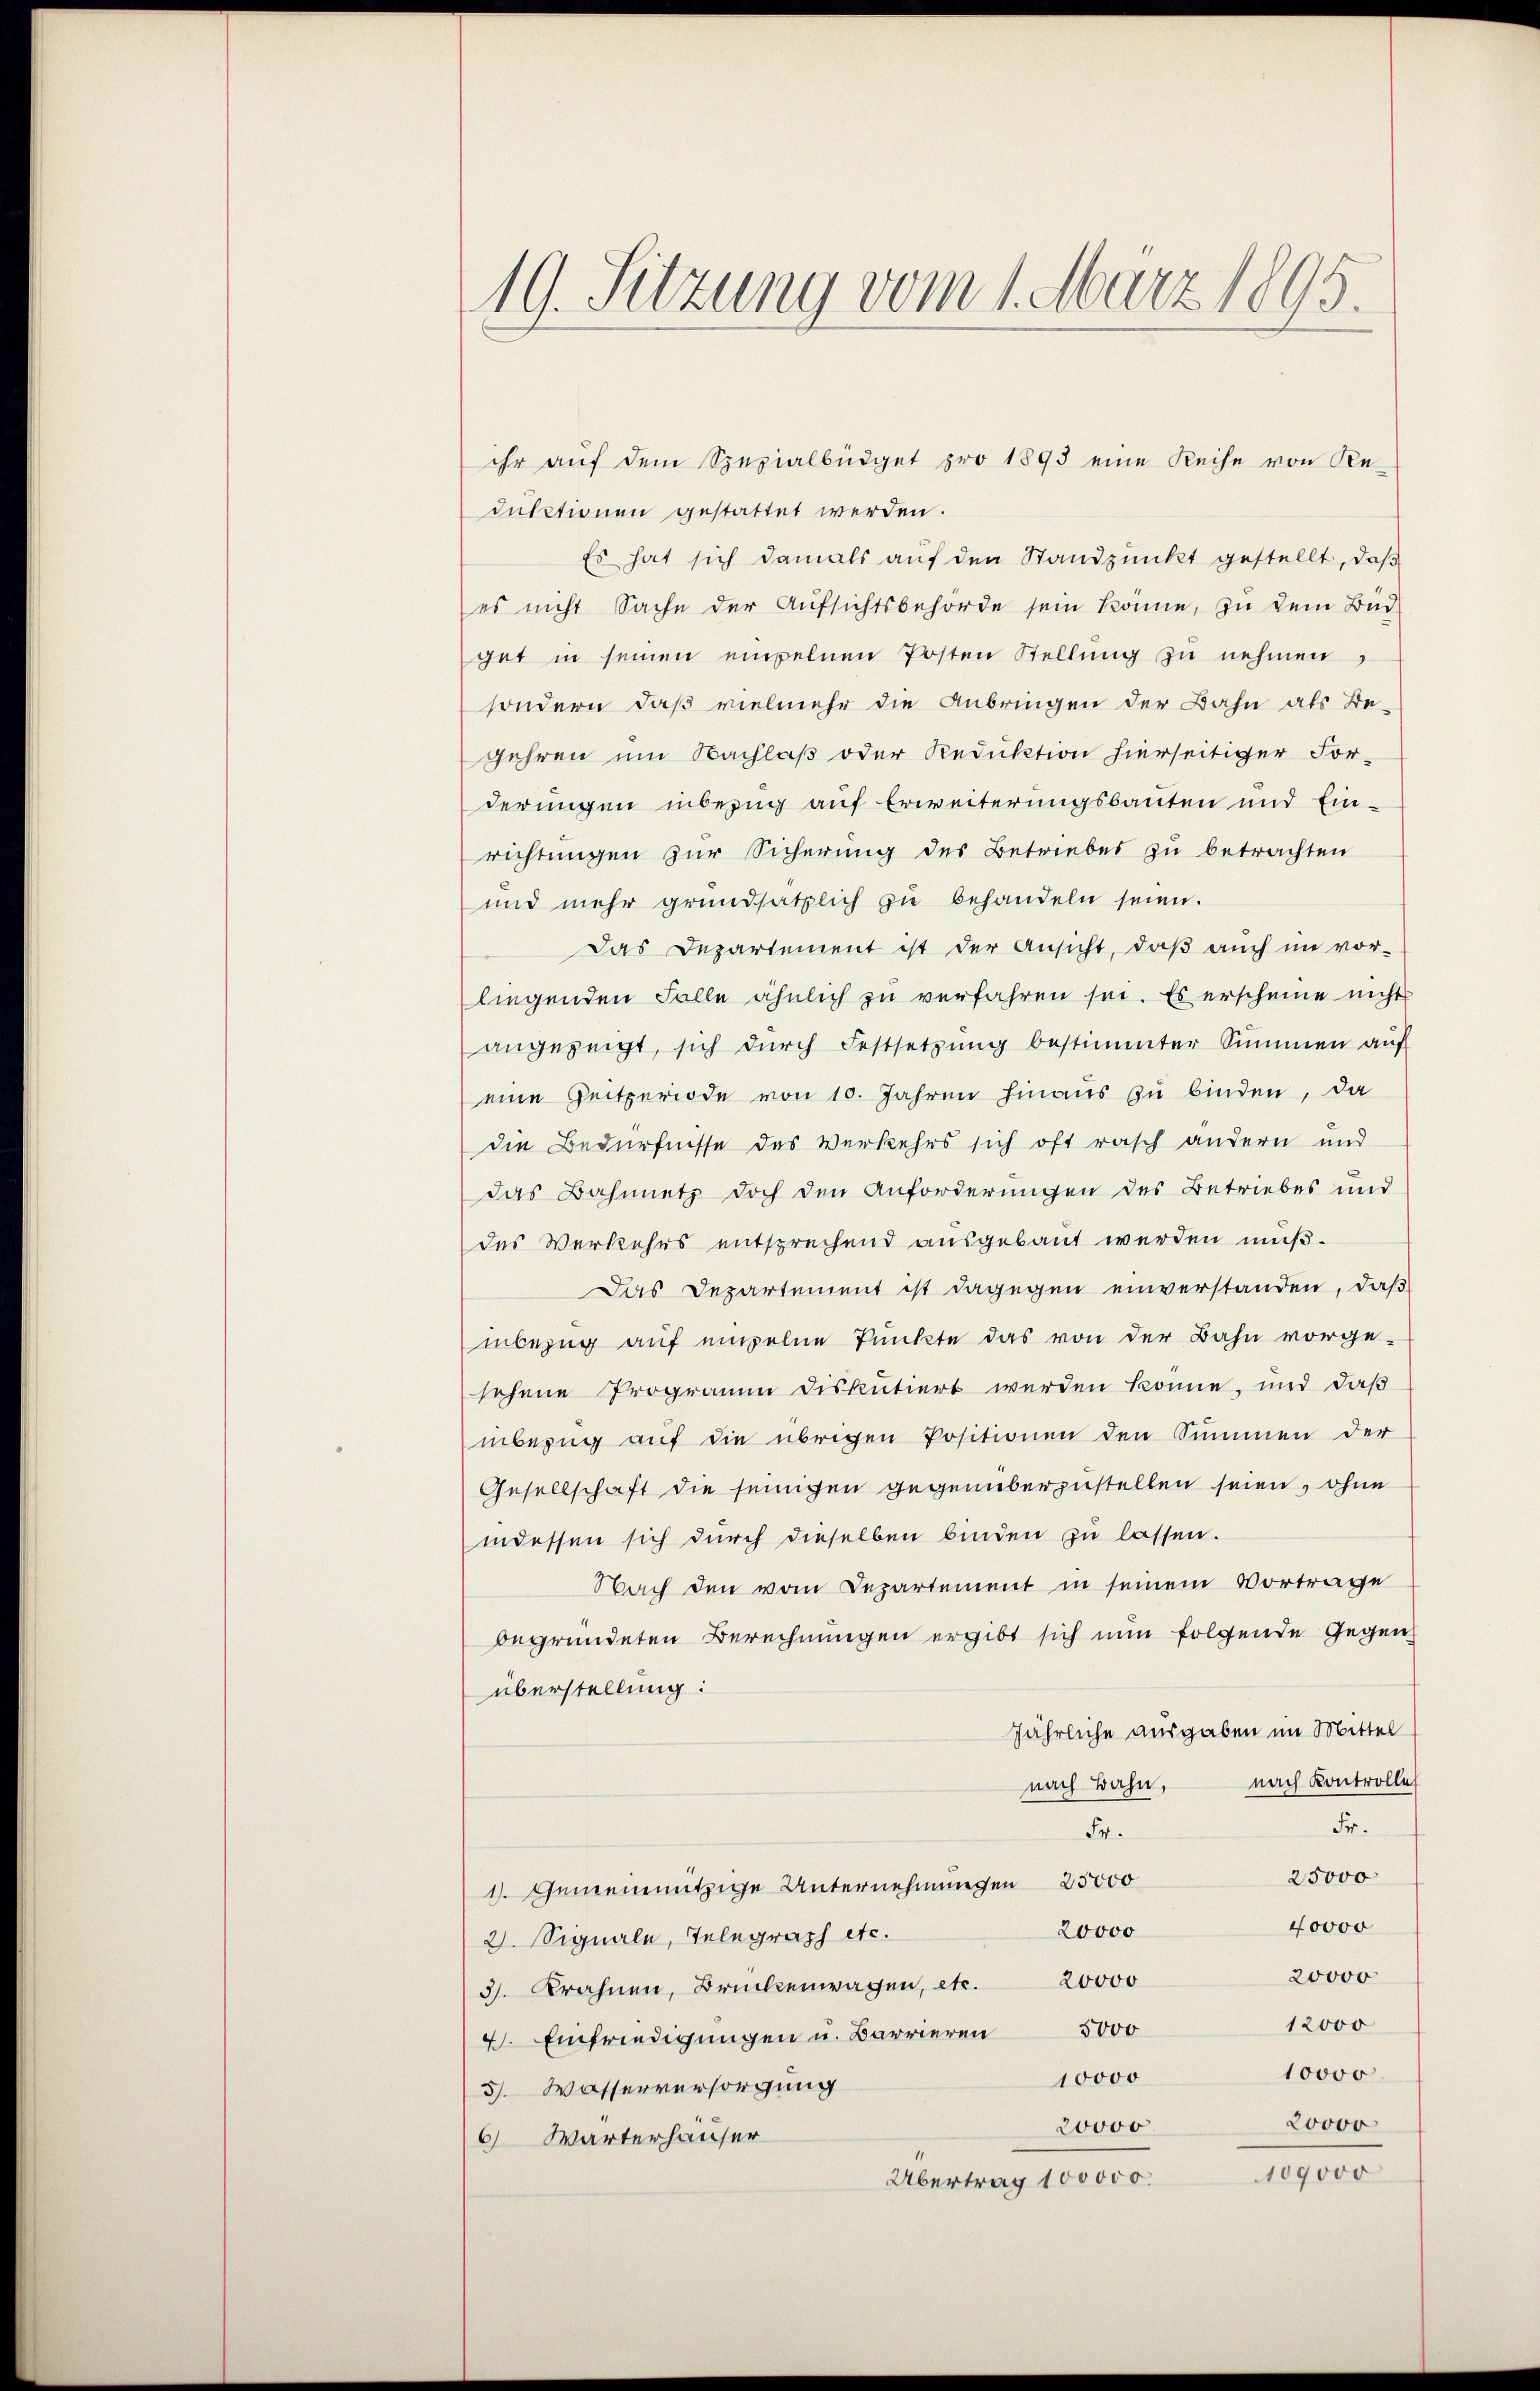
19. Sitzung vom 1. März 1895.

ihr auf dem Spezialbüdget pro 1893 eine Reihe von Re-
ductionen gestattet werden.
Es hat sich damals auf den Standpunkt gestellt, daß
es nicht Sache der Aufsichtsbehörde sein könne, zu dem Büd
get in seinen einzelnen Posten Stellung zu nehmen,
sondern, daß vielmehr die Anbringen der Bahn als Be-
gehren um Nachlaß oder Reduktion hierseitiger For-
derungen inbezug auf Erweiterungsbauten und Ein-
richtungen zur Sicherung des Betriebes zu betrachten
und mehr grundsätzlich zŭ behandeln seien.
Das Departement ist der Ansicht, daß auch im vor-
liegenden Falle ähnlich zu verfahren sei. Es erscheine nicht
angezeigt, sich dŭrch Festsetzŭng bestimmter Summen aŭf
eine Zeitperiode von 10. Jahren hinaus zu binden, da
die Bedürfnisse des Verkehrs sich oft rasch andern und
das Bahnnetz doch den Anforderungen des Betriebes und
des Verkehrs entsprechend ausgebaut werden muß¬
Das Departement ist dagegen einverstanden, daß
inbezug auf einzelne Punkte das von der Bahn vorge-
sehene Programm diskutiert werden könne, und daß
inbezug auf die übrigen Positionen den Summen der
Gesellschaft die seinigen gegenüberzustellen seien, ohne
indessen sich durch dieselben binden zu lassen.
Nach den vom Departement in seinem Vortrage
begründeten Berechnungen ergibt sich nun folgende Gegen
überstellung:
jährliche ausgaben im Mittel
nach Kontrolle
nach Bahn,
Fr.
Fr.
25000
1). Gemeinnützige Unternehmungen 25000
40000
20000
2. Signale, Telegraph etc.
20000
3. Krahnen, Brückenwagen, etc. 20000
12000
4. Einfriedigungen u. Barrieren 5000
10000
10000
5. Wasserversorgung
20000
20000
6 Wärterhäuser
109000
Übertrag 100000.